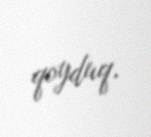
qoyduq.